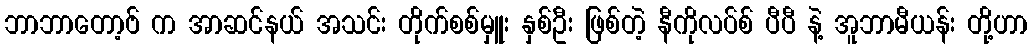
ဘာဘာတော့ဗ် က အာဆင်နယ် အသင်း တိုက်စစ်မှူး နှစ်ဦး ဖြစ်တဲ့ နီကိုလပ်စ် ပီပီ နဲ့ အူဘာမီယန်း တို့ဟာ